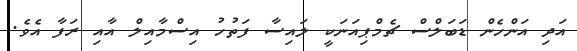
އަދި އަންހެން ޑަބަލްސް ޗެމްޕިއަނަކީ ލައިސާ ފަތުހު އިސްމާއިލް އާއި ރަފާ އެވެ.